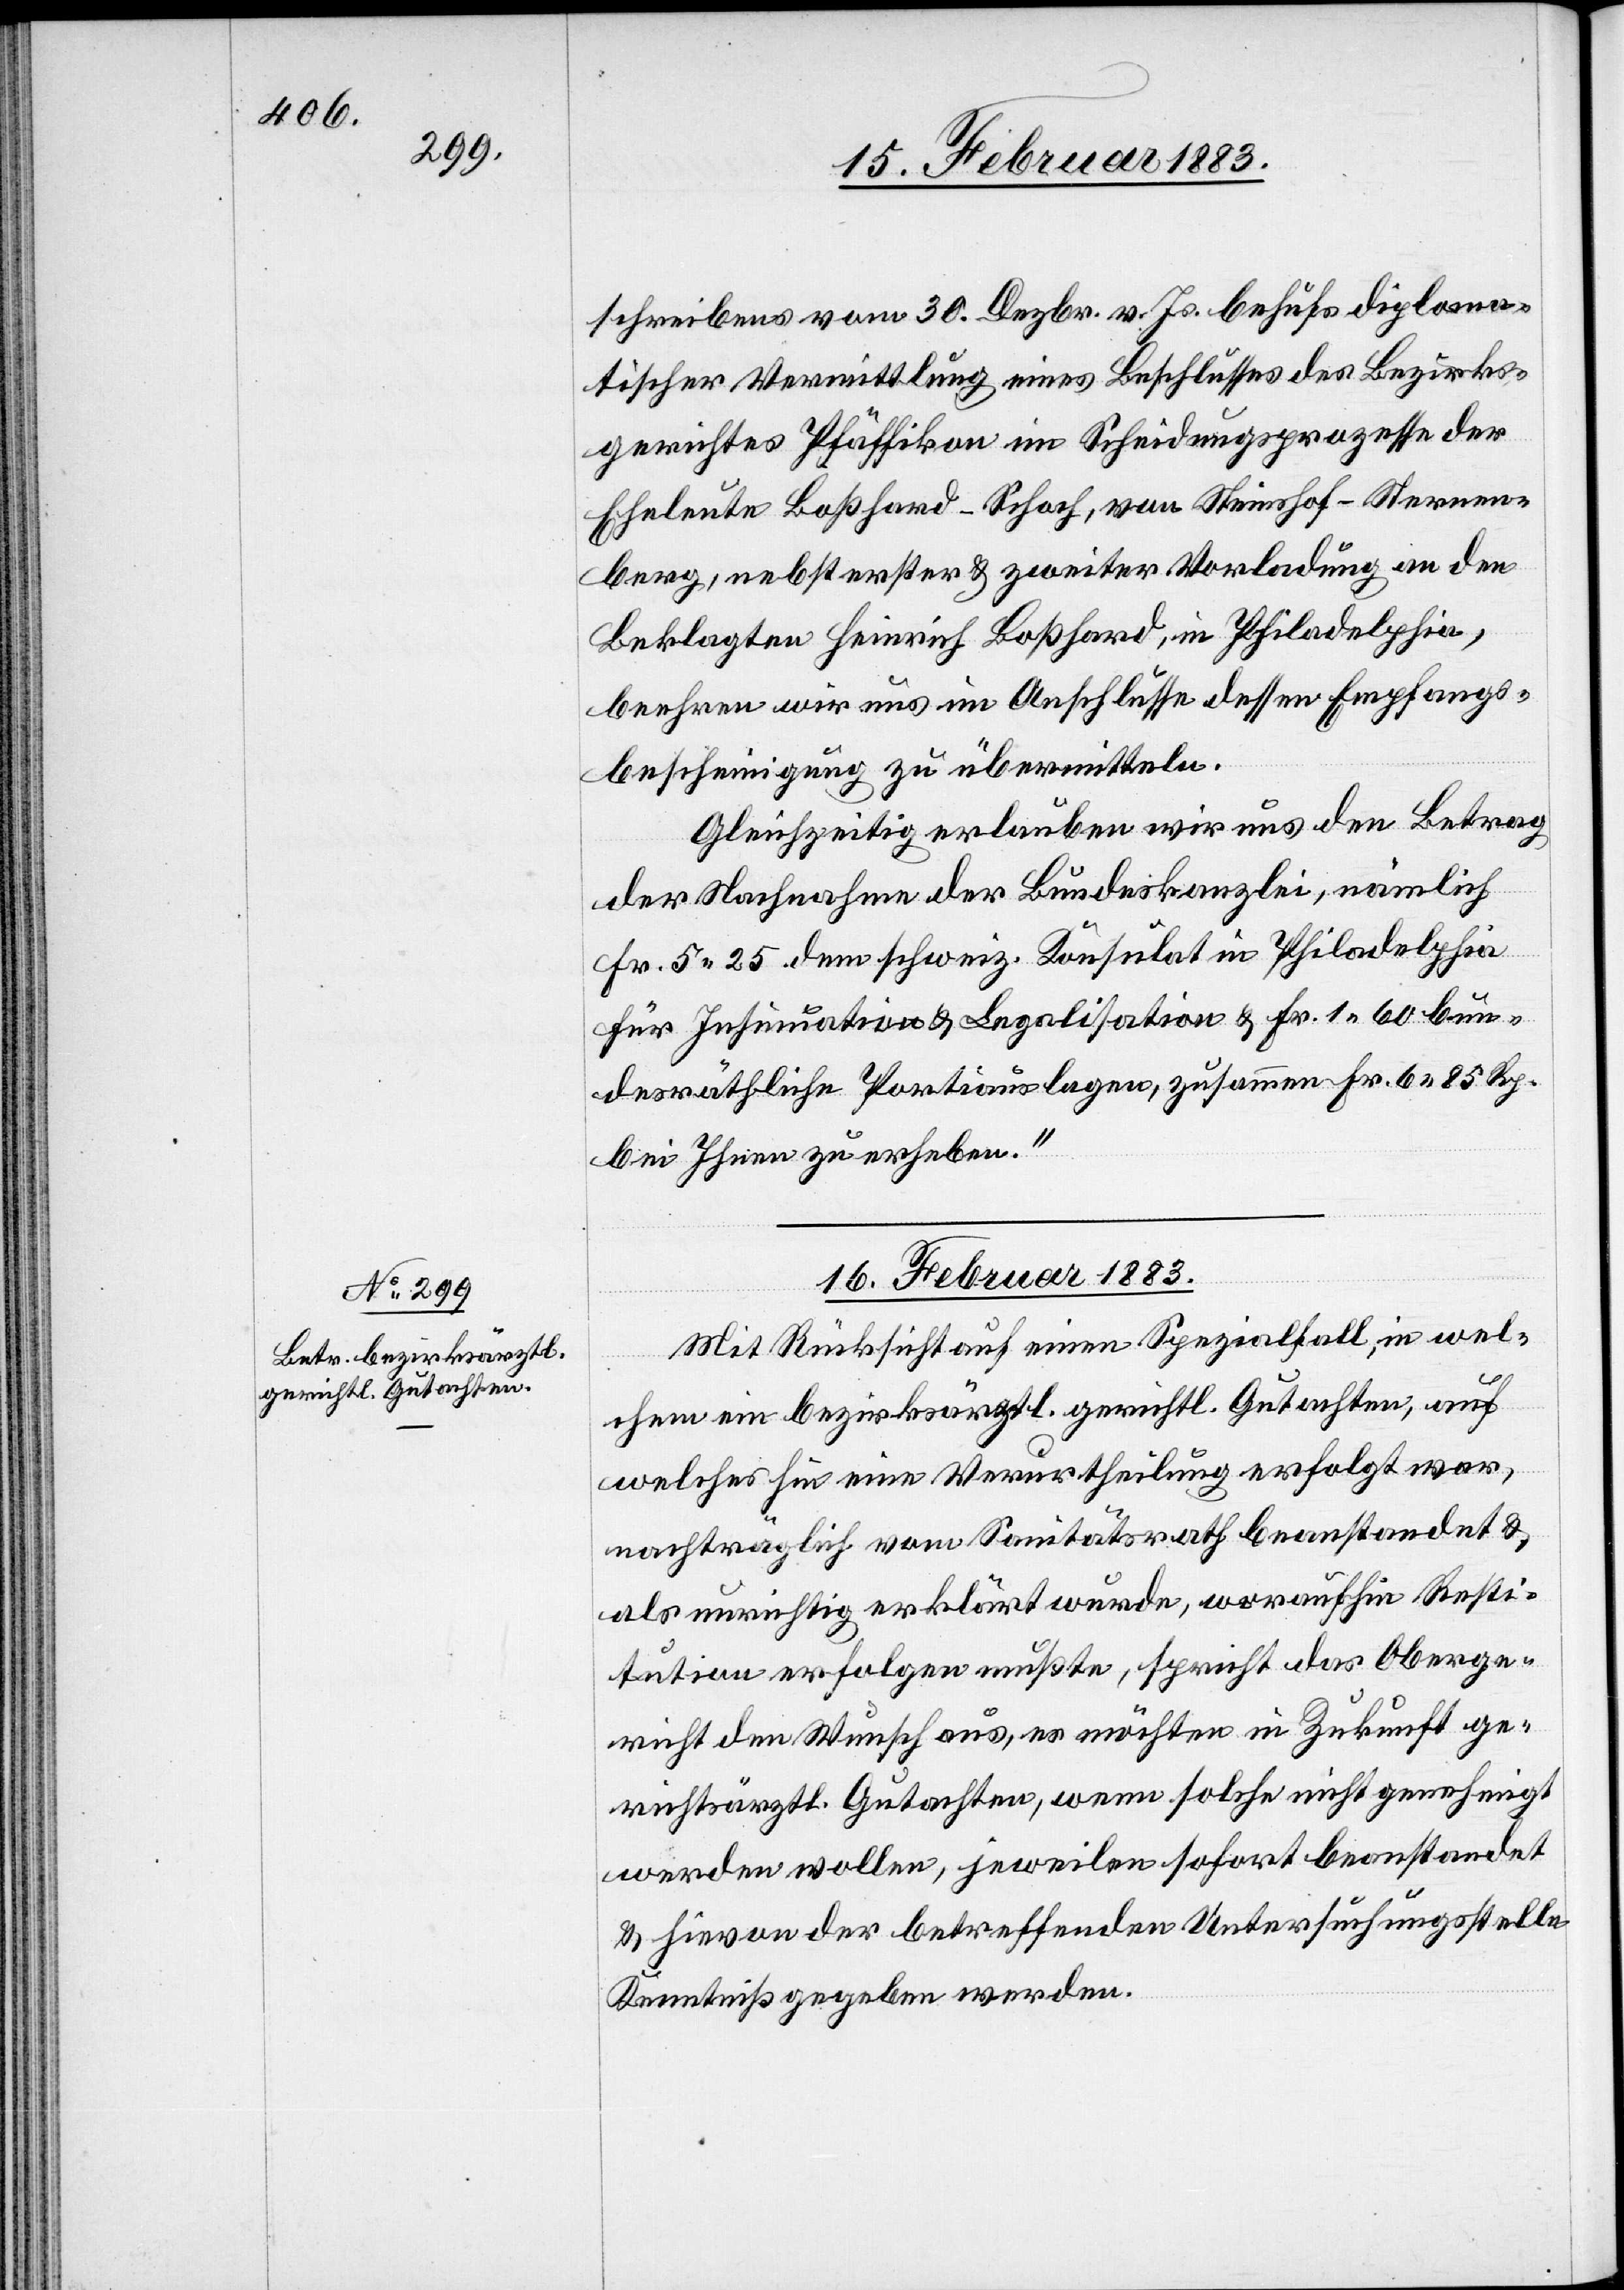
schreibens vom 30. Dezbr. v. Js. behufs diploma¬
tischer Vermittlung eines Beschlusses des Bezirks¬
gerichtes Pfäffikon im Scheidungsprozesse der
Eheleute Boßhard-Schoch, von Steinshof - Sternen¬
berg, nebst erster und zweiter Vorladung an den
Beklagten Heinrich Boßhard, in Philadelphia,
beehren wir uns im Anschlusse dessen Empfangs¬
bescheinigung zu übermitteln.
Gleichzeitig erlauben wir uns den Betrag
der Nachnahme der Bundeskanzlei, nämlich
Fr. 5 25 dem schweiz. Konsulat in Philadelphia
für Insinuation & Legalisation & Fr. 1 60 bun¬
desräthliche Portiauslagen, zusammen Fr. 6 85 Rp.
bei Ihnen zu erheben.“
16. Februar 1883.
Mit Rücksicht auf einen Spezialfall, in wel¬
chem ein bezirksärztl. gerichtl. Gutachten, auf
welches hin eine Verurtheilung erfolgt war,
nachträglich vom Sanitätsrath beanstandet &
als unrichtig erklärt wurde, woraufhin Resti¬
tution erfolgen mußte, spricht das Oberge¬
richt den Wunsch aus, es möchten in Zukunft ge¬
richtsärztl. Gutachten, wenn solche nicht genehmigt
werden wollen, jeweilen sofort beanstandet
& hievon der betreffenden Untersuchungsstelle
Kenntniß gegeben werden.